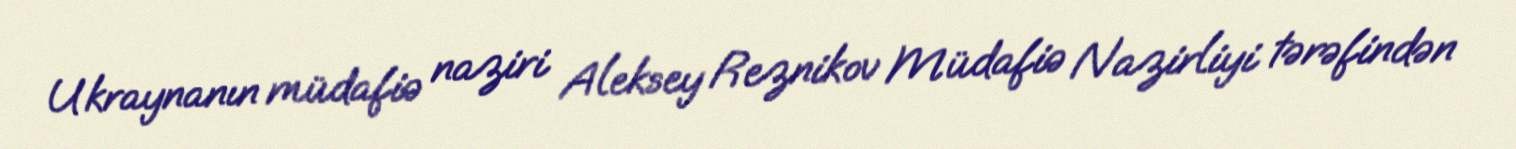
Ukraynanın müdafiə naziri Aleksey Reznikov Müdafiə Nazirliyi tərəfindən